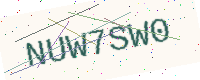
Text: NUW7SW0